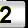
Digit: 2